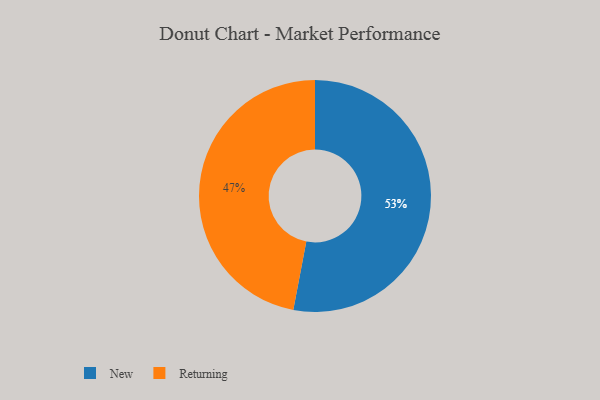
{"axis": {"x": "Category", "y": "Percentage"}, "legend": ["New", "Returning"], "data": [{"x": "New", "y": 53, "type": "New"}, {"x": "Returning", "y": 47, "type": "Returning"}]}